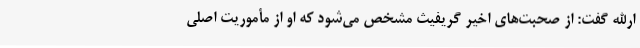
ارالله گفت: از صحبت‌های اخیر گریفیث مشخص می‌شود که او از مأموریت اصلی